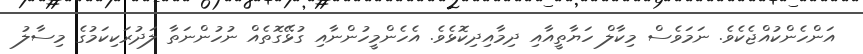
އަންހެންކުއްޖެކެވެ. ނަމަވެސް މިކާލް ހަޔާތީއާއި ދިމާއިދިކޮޅެވެ. އެހެންމީހުންނާއި ގުޅޭގޮތެއް ނުހުންނަތާ ލަދުރަކިކަމުގެ މިސާލު